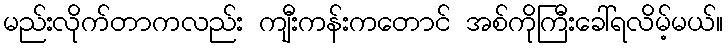
မည်းလိုက်တာကလည်း ကျီးကန်းကတောင် အစ်ကိုကြီးခေါ်ရလိမ့်မယ်။